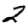
Digit: 2